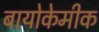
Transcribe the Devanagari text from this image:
बायोकेमीक